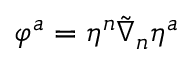
\varphi ^ { a } = \eta ^ { n } \tilde { \nabla } _ { n } \eta ^ { a }